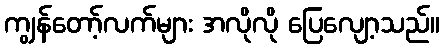
ကျွန်တော့်လက်များ အလိုလို ပြေလျော့သည်။